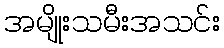
အမျိုးသမီးအသင်း